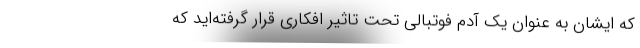
که ایشان به عنوان یک آدم فوتبالی تحت تاثیر افکاری قرار گرفته‌اید که